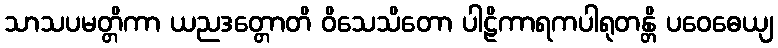
သာသပမတ္တိကာ ယညဒတ္တောတိ ဝိသေသိတော ပါဠိကာရကပါရုတန္တိ ပဝေဓေယျ